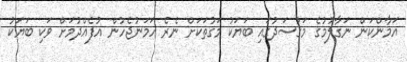
އަމާންކަން ނަގާލުމުގެ މަގުސަދުގައި ބަޔަކު މަގުތަކަށް ނެރެ ހަމަނުޖެހުން އުފެއްދުމަށް ވަކި ބަޔަކު